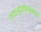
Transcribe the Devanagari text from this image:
गया।मुजफ्फरनगर